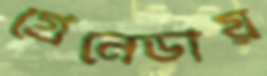
গ্রেনেডায়